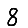
Digit: 8